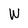
Character: W